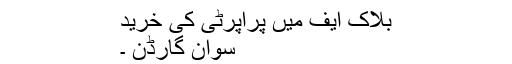
بلاک ایف میں پراپرٹی کی خرید
سوان گارڈن ۔